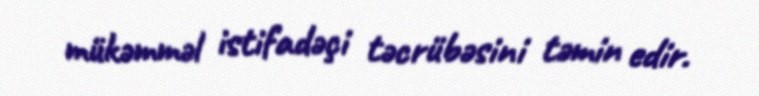
mükəmməl istifadəçi təcrübəsini təmin edir.